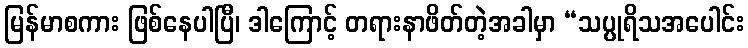
မြန်မာစကား ဖြစ်နေပါပြီ၊ ဒါကြောင့် တရားနာဖိတ်တဲ့အခါမှာ “သပ္ပုရိသအပေါင်း